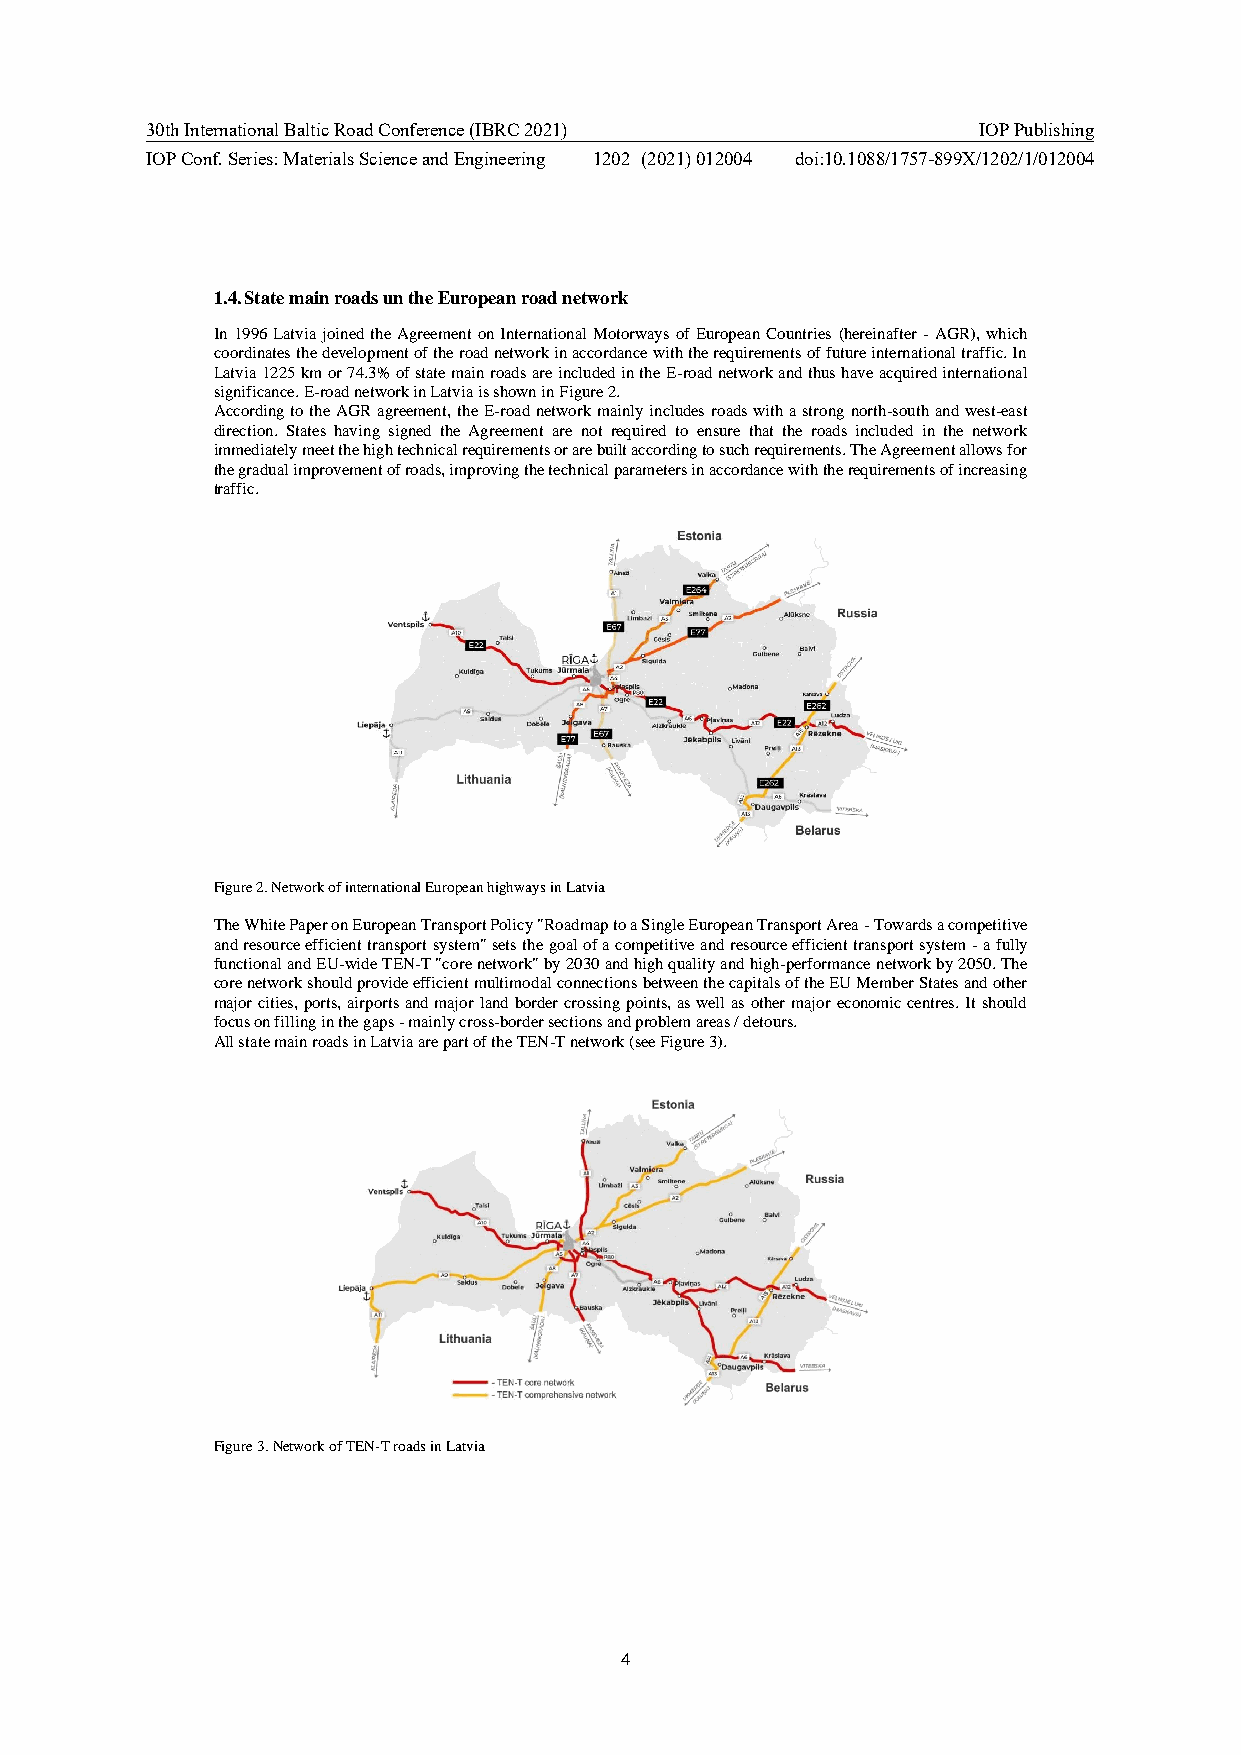
30th International Baltic Road Conference (IBRC 2021)  IOP Publishing
 IOP Conf. Series: Materials Science and Engineering 1202 (2021) 012004 doi:10.1088/1757-899X/1202/1/012004
 1.4. State main roads un the European road network
 In 1996 Latvia joined the Agreement on International Motorways of European Countries (hereinafter - AGR), which
 coordinates the development of the road network in accordance with the requirements of future international traffic. In
 Latvia 1225 km or 74.3% of state main roads are included in the E-road network and thus have acquired international
 significance. E-road network in Latvia is shown in Figure 2.
 According to the AGR agreement, the E-road network mainly includes roads with a strong north-south and west-east
 direction. States having signed the Agreement are not required to ensure that the roads included in the network
 immediately meet the high technical requirements or are built according to such requirements. The Agreement allows for
 the gradual improvement of roads, improving the technical parameters in accordance with the requirements of increasing
 traffic.
 Figure 2. Network of international European highways in Latvia
 The White Paper on European Transport Policy "Roadmap to a Single European Transport Area - Towards a competitive
 and resource efficient transport system" sets the goal of a competitive and resource efficient transport system - a fully
 functional and EU-wide TEN-T "core network" by 2030 and high quality and high-performance network by 2050. The
 core network should provide efficient multimodal connections between the capitals of the EU Member States and other
 major cities, ports, airports and major land border crossing points, as well as other major economic centres. It should
 focus on filling in the gaps - mainly cross-border sections and problem areas / detours.
 All state main roads in Latvia are part of the TEN-T network (see Figure 3).
 Figure 3. Network of TEN-T roads in Latvia
 4